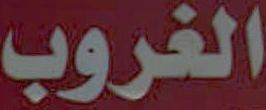
الغروب